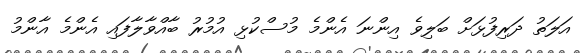
އަލަތު ދަރިފުޅަށް ބަލިވެ އިންނަ އެންމެ މުސްކުޅި އުމުރު ބާއްވާލާފައި އެންމެ އާންމު